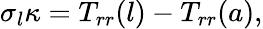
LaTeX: \sigma_{l}\kappa=T_{rr}(l)-T_{rr}(a),